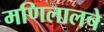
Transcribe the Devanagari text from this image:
मणिलालचे